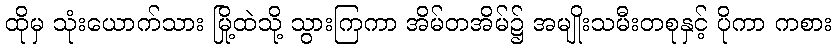
ထိုမှ သုံးယောက်သား မြို့ထဲသို့ သွားကြကာ အိမ်တအိမ်၌ အမျိုးသမီးတစုနှင့် ပိုကာ ကစား